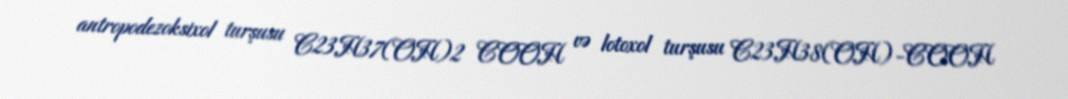
antropodezoksixol turşusu C23H37(OH)2 COOH və lotoxol turşusu C23H38(OH)-COOH